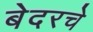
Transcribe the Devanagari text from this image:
बेदरचे